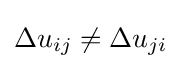
\Delta u_{ij}\neq \Delta u_{ji}